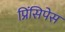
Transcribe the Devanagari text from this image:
प्रिंसिपेस